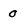
Character: 0